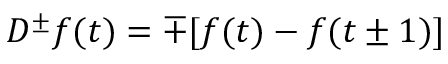
D ^ { \pm } f ( t ) = \mp [ f ( t ) - f ( t \pm 1 ) ]